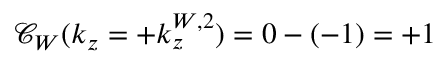
\mathcal { C } _ { W } ( k _ { z } = + k _ { z } ^ { W , 2 } ) = 0 - ( - 1 ) = + 1